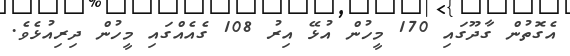
އެގޮތުން ގާދޫގައި 170 މީހުން އުޅޭ އިރު 108 ގެއެއްގައި މީހުން ދިރިއުޅެވެ.